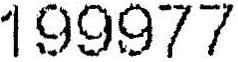
199977